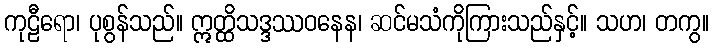
ကုဠီရော၊ ပုစွန်သည်။ ဣတ္ထိသဒ္ဒဿဝနေန၊ ဆင်မသံကိုကြားသည်နှင့်။ သဟ၊ တကွ။